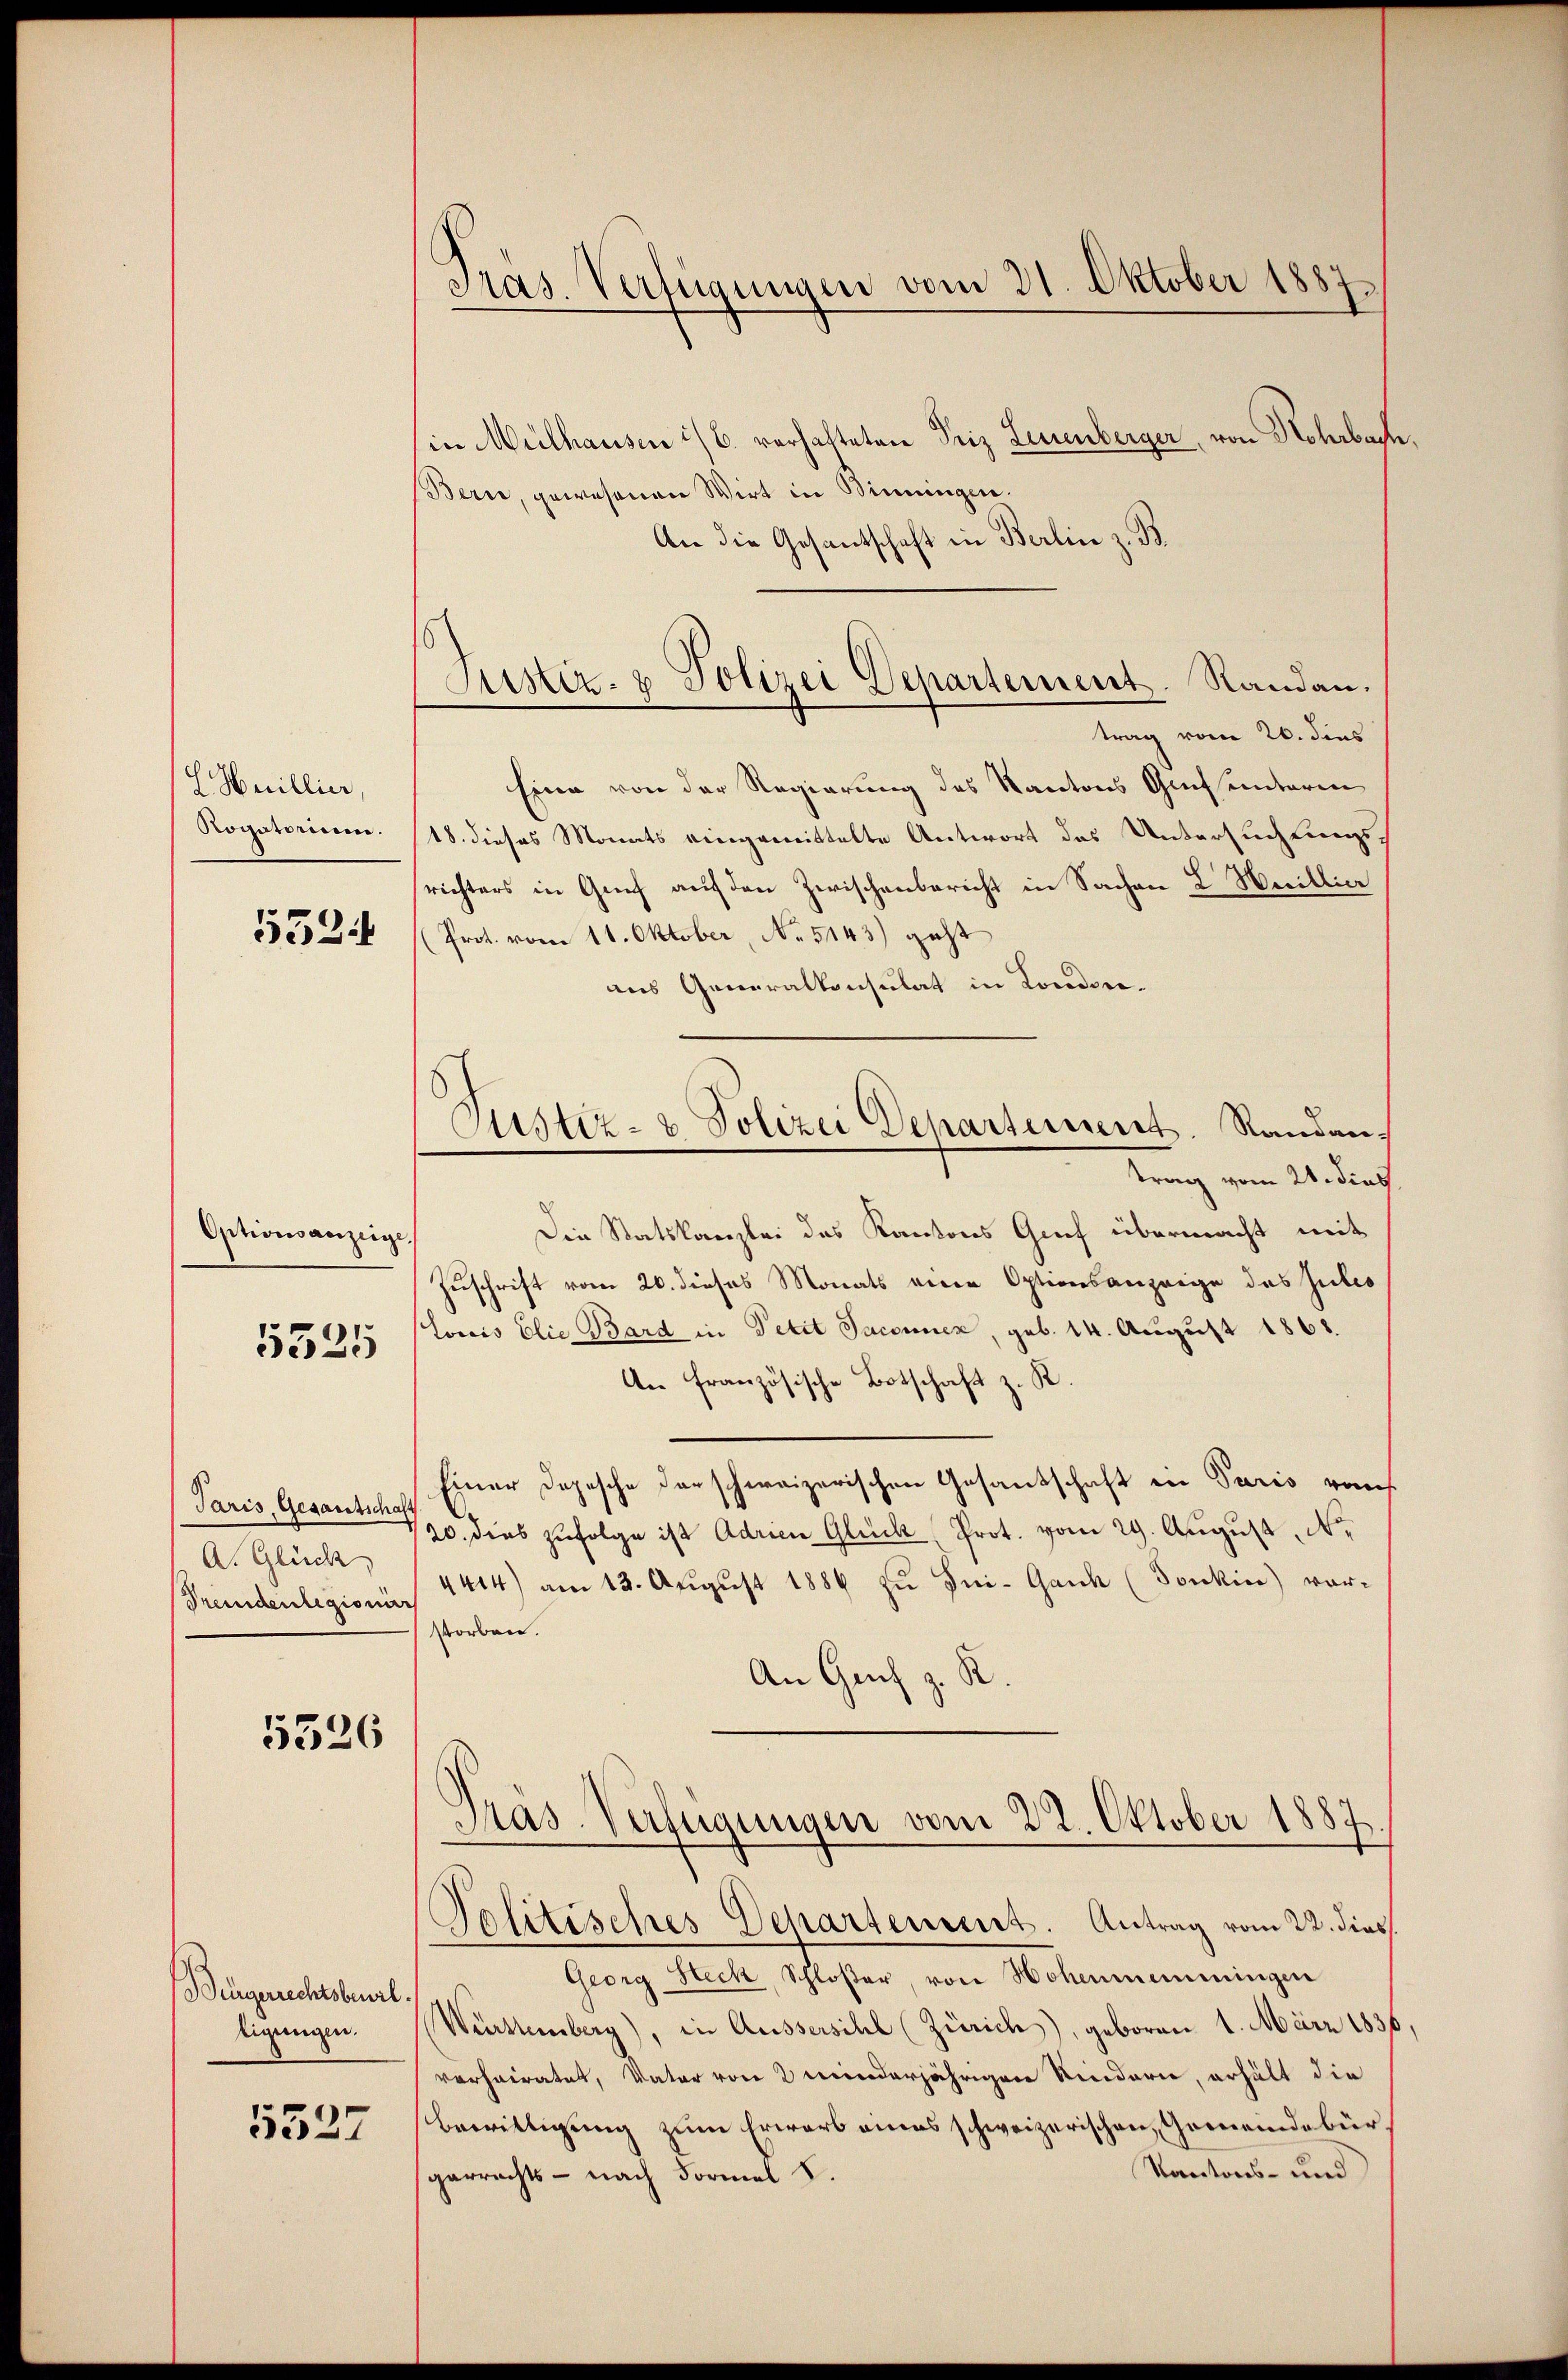
Huillier,
Ropotom.
5534

Optionsanzeige.
5325

Paris, Gesantschaft
A. Glück
Premdenlegionier

5526

Bürgerrechtsbeurl
ligungen.

5527

Pras Verfügungen vom 21. Oktober 1887.

in Mülhausen 1/6. verhafteten Friz Leuenberger, von Rohrbach
Bern, gewesenen Wirt in Simungen.
An die Gesantschaft in Berlin z. B.
trag vom 26. dies
sinn von der Regierung des Kantons Grafsentaren
18. dieses Monats eingemittelte Antwort des Untersuchtungsrichters in Genf auf den Zwischenbericht in Sachen L. Meillia
(Prot. vom 11. Oktober, No 5143) geht
aus Generalkonsulat in Londortrag vom 21. dies
Die Statskanzlei des Kantons Gruf übermacht mit
Zuschrift vom 20. dieses Monats eine Optionsanzeige des Julio
Louis Elie Bard in Petit Jaconnen, geb. 14. August 1868.
An französische Botschaft z. K
Einer Depesche darschweizerischen Gesandschaft in Paris rauf
20. dies zufolge ist Adrien Glück, Prot. vom 29. August, N
4414) am 13. Aŭgŭst 1886 zŭ Ini-Gank (Sonkin) vor-
storben.
An Genf z.
Pras-Verfügungen vom 22. Oktober 1887
Politisches Departement. Antrag vom 22. dies
Georg Steck, Schloßer, von Hohenmeminingen
Württemberg), in Aussersihl (Zürich), geboren 1. März 1836
verheiratet, Vater von 2 minderjährigen Kindern, erhält die
bewilligung zum Erwarb eines schweizerischen, Gemeindebür¬
Kantons- und
garrechts - nach Formel 8

Justiz- & Polizei Departement. Randau.

Justiz- & Polizei Departement. Randang

.